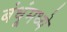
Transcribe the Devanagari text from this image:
बंधूंमध्ये